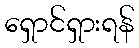
ရှောင်ရှားရန်